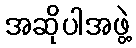
အဆိုပါအဖွဲ့